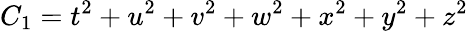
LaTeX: C_{1}=t^{2}+u^{2}+v^{2}+w^{2}+x^{2}+y^{2}+z^{2}